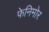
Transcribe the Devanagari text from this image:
फेनिमोर